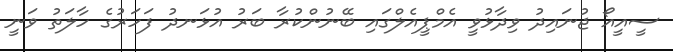
ސީއީއޯ ޖުނައިދު ވިދާޅުވީ އެމްޕީއެލްގައި ބޭނުންކުރާ ބަރު އުޅަނދު ފަހަރުގެ ހާލަތު ވަނީ